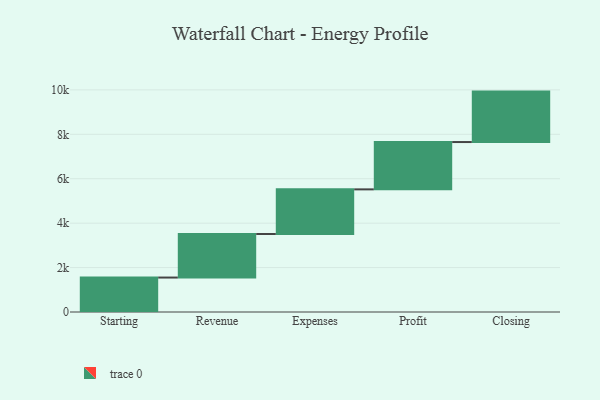
{"axis": {"x": "Step", "y": "Value"}, "legend": [""], "data": [{"x": "Starting", "y": 1551.0, "type": ""}, {"x": "Revenue", "y": 1960.0, "type": ""}, {"x": "Expenses", "y": 2010.0, "type": ""}, {"x": "Profit", "y": 2131.0, "type": ""}, {"x": "Closing", "y": 2271.0, "type": ""}]}